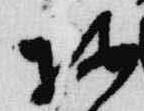
按